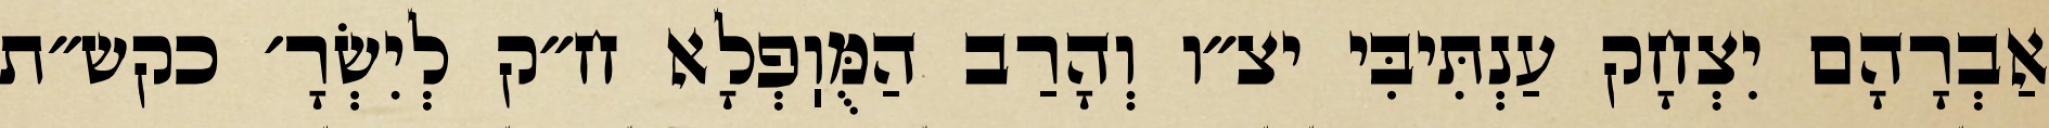
אַבְרָהָם יִצְחָק עַנְתִּיבִּי יצ״ו וְהָרַב הַמֻּוֽפְלָא ח״ק לְיִשְׂרָ׳ כקש״ת